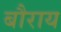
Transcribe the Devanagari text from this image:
बौराय